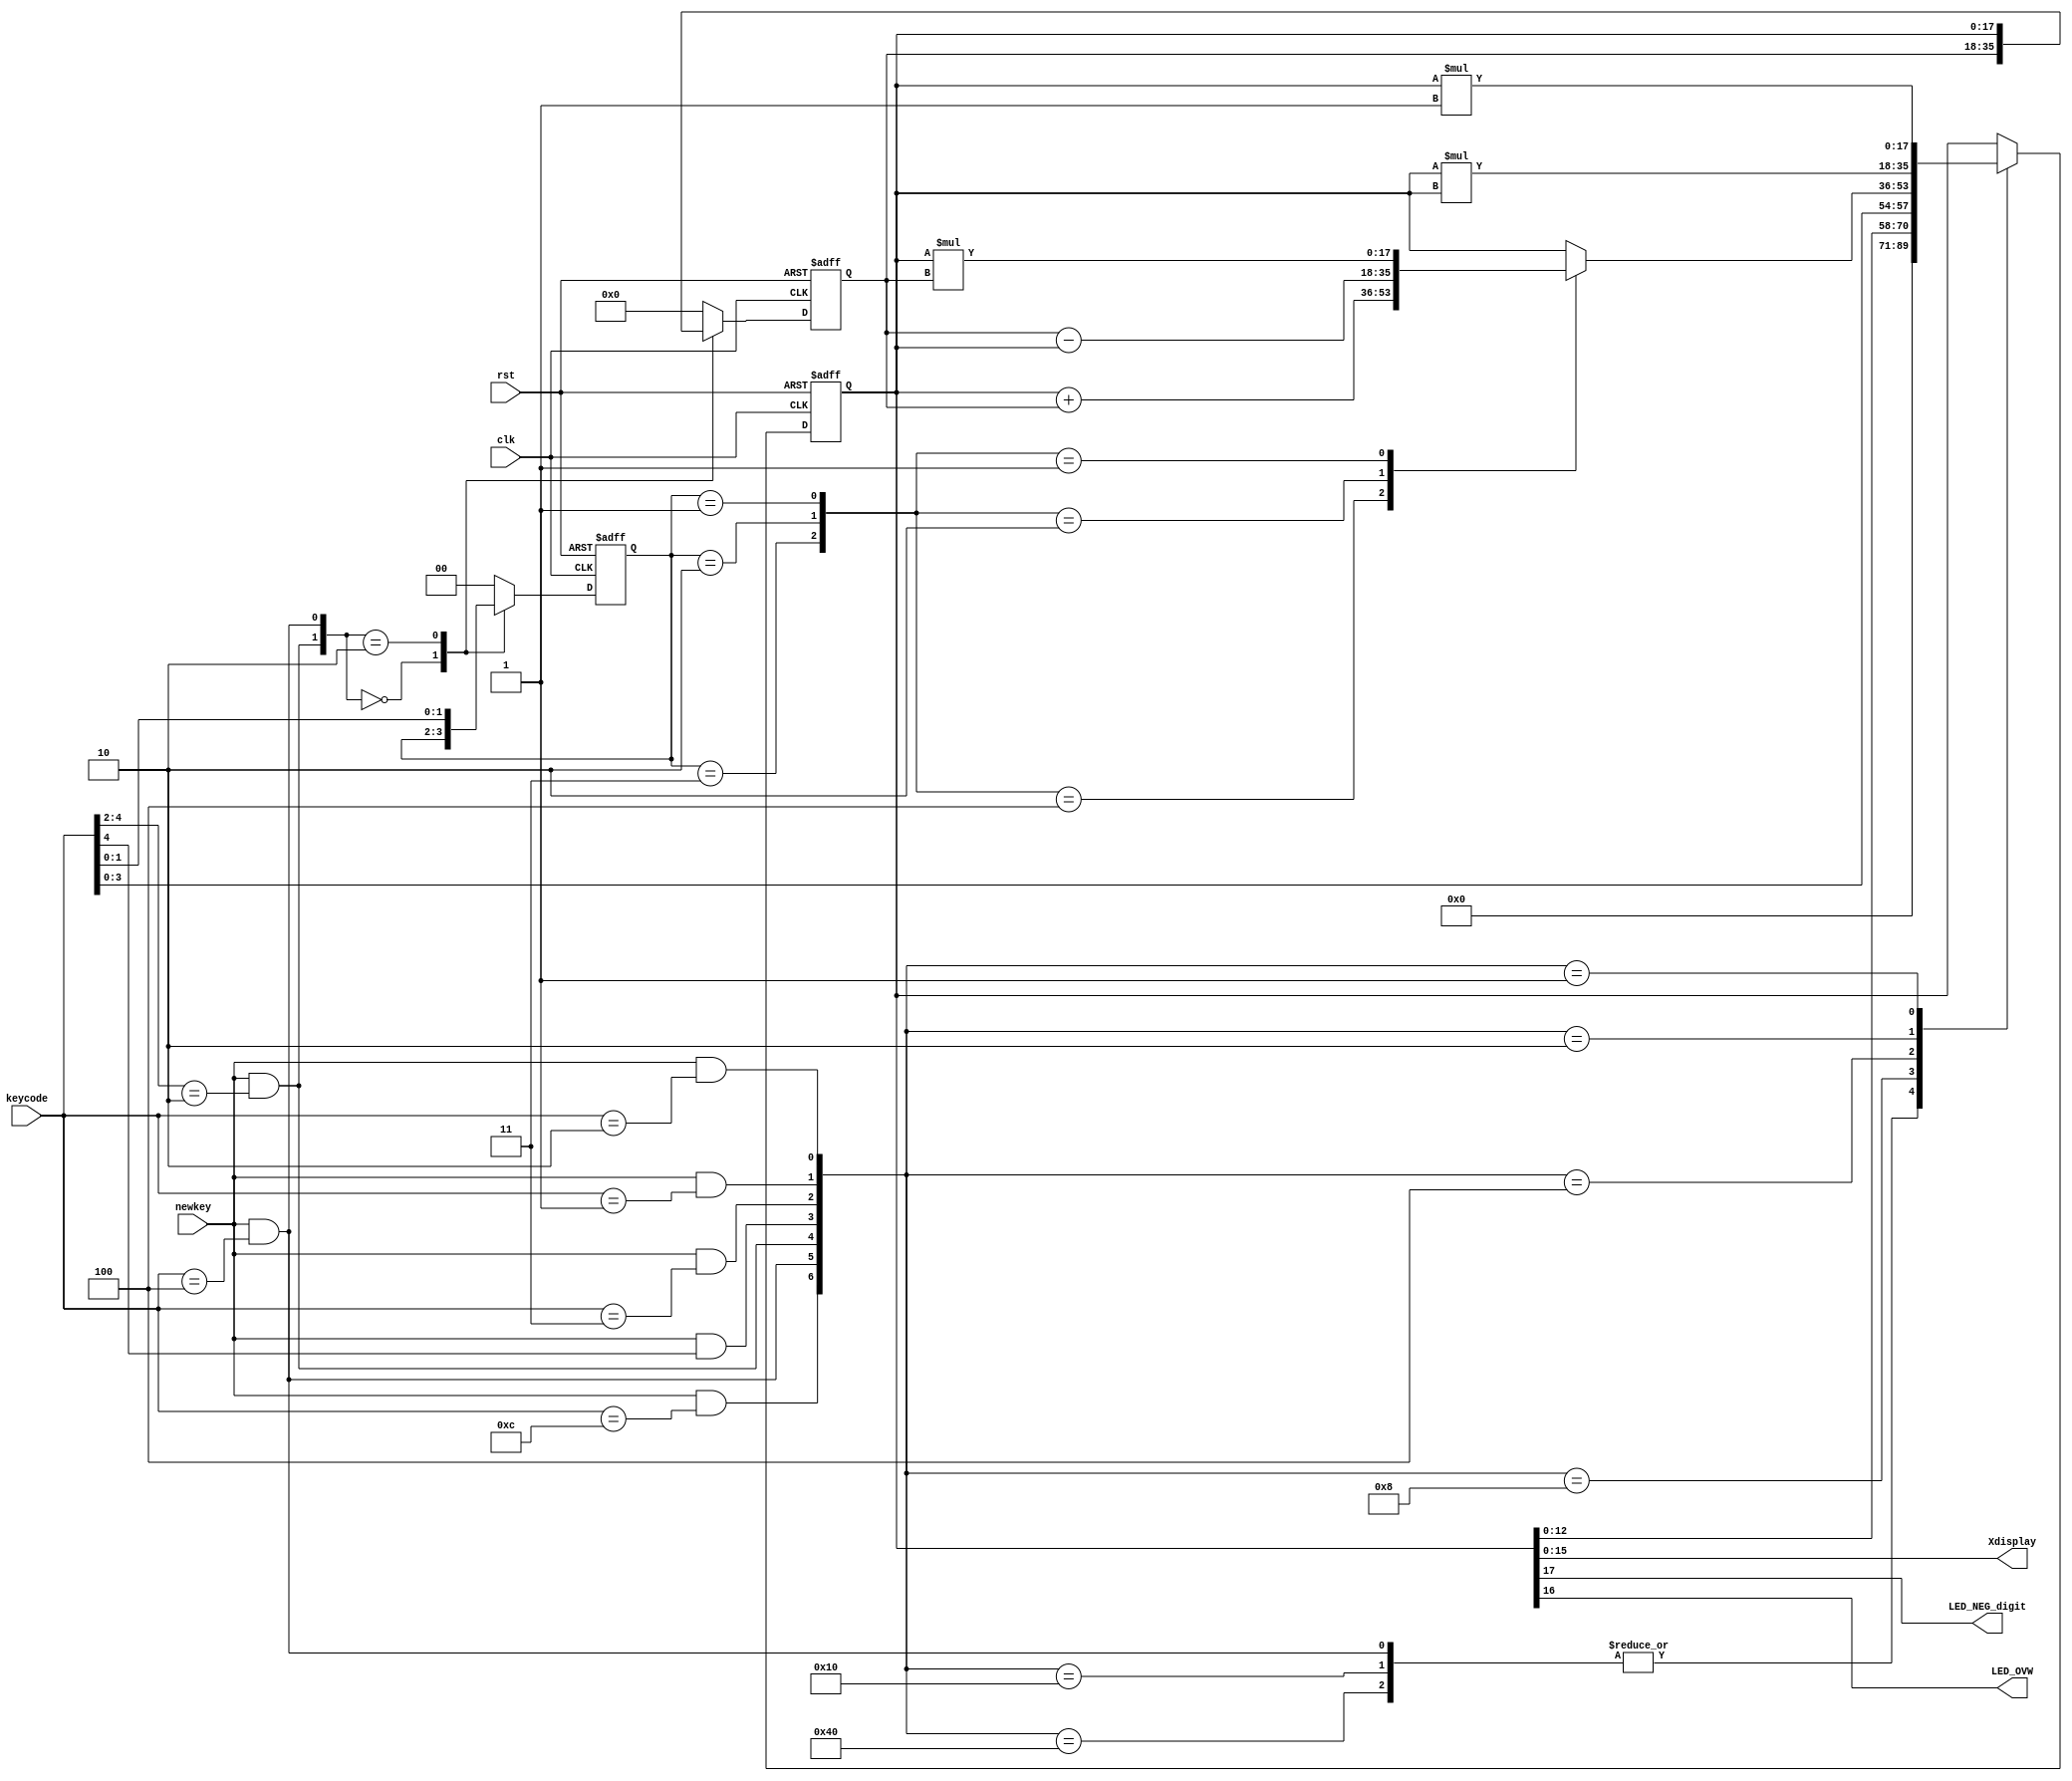
 `timescale 1ns / 1ps
//////////////////////////////////////////////////////////////////////////////////
// Company: University College Dublin
// 
// Design Name: 
// Module Name: myCalc
// Project Name: LAST LAB WAHOOOOO!
// Target Devices: XC7A100TCSG324-1
// Tool Versions: 
// Description: 
// 
// Dependencies: 
// 
// Revision:
// Revision 0.01 - File Created
// Additional Comments:
// 
//////////////////////////////////////////////////////////////////////////////////


module calc_logic(
   input clk,
   input rst,
   input [4:0] keycode,
   input newkey,
   output [15:0] Xdisplay,
   output LED_NEG_digit,
   output LED_OVW
   );
   
   //MAPPING KEYS
   localparam[4:0] KEY_CE = 5'b01100,
                   KEY_CA = 5'b00100,
                   KEY_MULTI = 5'b01001,
                   KEY_SUB = 5'b01010,
                   KEY_ADD = 5'b01011,
                   KEY_SQR = 5'b00001,
                   KEY_CH_SIGN = 5'b00010,
                   KEY_EQUALS = 5'b00011;
                   
   
   //reg signals
   reg signed [17:0] X, nextX, Y, nextY, ANS;
   reg [1:0] OP, nextOP;
   
   
   //CONTROL SIGNALS
   wire ADD = (OP == KEY_ADD [1:0]);
   wire SUB = (OP == KEY_SUB [1:0]);
   wire MULTI = (OP == KEY_MULTI [1:0]);        
   wire OP_T2 = (newkey && (keycode[4:2] == 3'b010) );
   wire CA = (newkey && (keycode == KEY_CA) );             
   wire CE = (newkey && (keycode == KEY_CE) );
   wire digit = (newkey && (keycode[4] == 1'b1) );
   wire EQUALS = (newkey && (keycode == KEY_EQUALS) );
   wire SQR = (newkey && (keycode == KEY_SQR) );
   wire CH_SIGN = (newkey && (keycode == KEY_CH_SIGN) );
   wire [6:0] CONTROL = {CE, CA, OP_T2, digit, EQUALS, SQR, CH_SIGN}; //creating control signal to be used in NEXTX multiplexer
   
   //OPERATION SIGNALS
   wire signed [17:0] ANS_ADD, ANS_MULTI, ANS_SUB, ANS_SQR, ANS_CH_SIGN;
   
   //OPERATIONS
   assign ANS_ADD = X+Y;
   assign ANS_SUB = Y-X;
   assign ANS_MULTI = X*Y;
   assign ANS_SQR = X*X;
   assign ANS_CH_SIGN = X*-1; //this can never cause overflow
   
   //OUTPUT SIGNALS
   assign LED_OVW = X[16]; 
   assign Xdisplay = X[15:0];
   assign LED_NEG_digit = X[17]; //negative light
   
   
   //MULTIPLEXER ANS
   always @ (ADD, MULTI, SUB, ANS_ADD, ANS_MULTI, ANS_SUB, X)
       case({ADD, SUB, MULTI})
           3'b100: ANS = ANS_ADD;
           3'b010: ANS = ANS_SUB;
           3'b001: ANS = ANS_MULTI;
           default: ANS = X;
       endcase   
   
   
   //MULTIPLEXER NEXTX
   always @ (CONTROL, X, keycode, ANS, ANS_SQR, ANS_CH_SIGN)
       casez(CONTROL)
           7'b1000000: nextX = 18'b0;
           7'b?1?????: nextX = 18'b0;
           7'b0010000: nextX = 18'b0;
           7'b0001000: nextX = {X[12:0], keycode[3:0]}; //shifting keycode into register
           7'b0000100: nextX = ANS;
           7'b0000010: nextX = ANS_SQR;
           7'b0000001: nextX = ANS_CH_SIGN;
           default: nextX = X;
       endcase
       
       
   //regX
   always @ (posedge clk or posedge rst)
   begin
       if(rst) X <= 18'b0;
       else X <= nextX;
   end
   
   
   //Multiplexer for Next Y
   always @ (OP_T2, CA, Y, X)
       case({OP_T2, CA})
           2'b00: nextY = Y;
           2'b10: nextY = X;
           default: nextY = 18'b0;
       endcase
       
       
   //REG Y
   always @ (posedge clk or posedge rst)
     begin
         if(rst) Y <= 18'b0;
         else Y <= nextY;
     end

     
   //Multiplexer for nextOP
   always @ (OP_T2, CA, keycode, OP)
       case({OP_T2, CA})
           2'b00: nextOP = OP;
           2'b10: nextOP = keycode[1:0];
           default: nextOP = 2'b0;
       endcase
       
       
   //REG OP
   always @ (posedge clk or posedge rst)
     begin
         if(rst) OP <= 2'b0;
         else OP <= nextOP;
     end
     
     
   endmodule